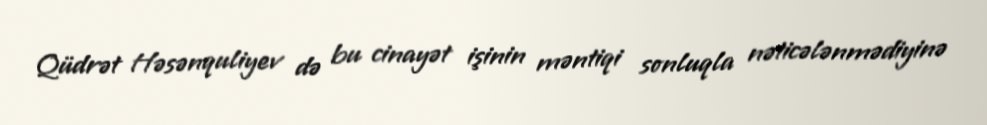
Qüdrət Həsənquliyev də bu cinayət işinin məntiqi sonluqla nəticələnmədiyinə